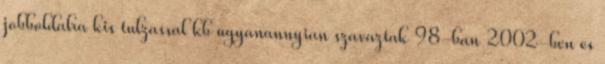
jobboldalra kis tulzassal kb ugyanannyian szavaztak 98-ban 2002-ben es